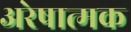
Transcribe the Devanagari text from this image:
अरेषात्मक